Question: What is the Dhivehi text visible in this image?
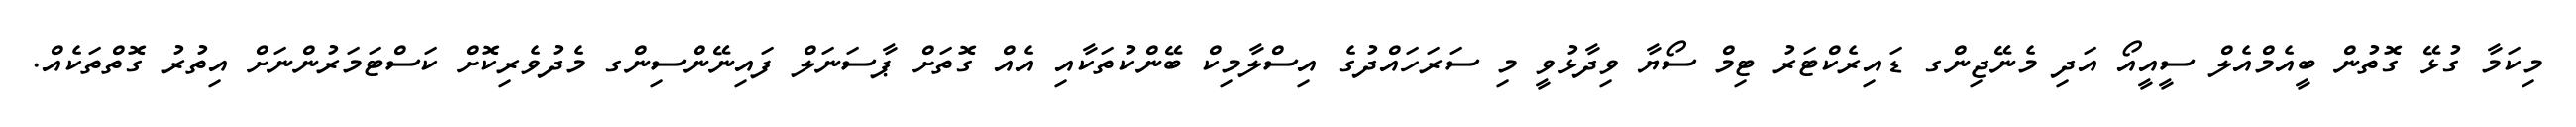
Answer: މިކަމާ ގުޅޭ ގޮތުން ބީއެމްއެލް ސީއީއޯ އަދި މެނޭޖިންގ ޑައިރެކްޓަރު ޓިމް ސޯޔާ ވިދާޅުވީ މި ސަރަހައްދުގެ އިސްލާމިކް ބޭންކުތަކާއި އެއް ގޮތަށް ޕާސަނަލް ފައިނޭންސިންގ މެދުވެރިކޮށް ކަސްޓަމަރުންނަށް އިތުރު ގޮތްތަކެއް.